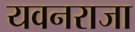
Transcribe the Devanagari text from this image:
यवनराजा